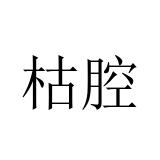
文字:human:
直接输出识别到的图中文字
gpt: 枯腔